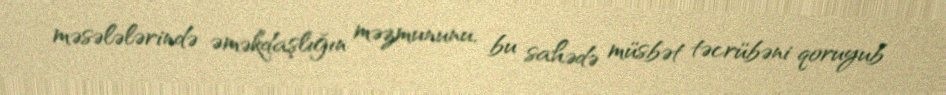
məsələlərində əməkdaşlığın məzmununu, bu sahədə müsbət təcrübəni qoruyub